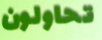
تحاولون